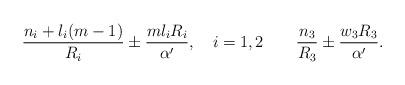
LaTeX: \begin{align*}\frac{n_i + l_i (m-1)}{R_i} \pm \frac{m l_i R_i}{\alpha'}, \quad i=1,2\qquad \frac{n_3}{R_3} \pm \frac{w_3 R_3}{\alpha'}.\end{align*}